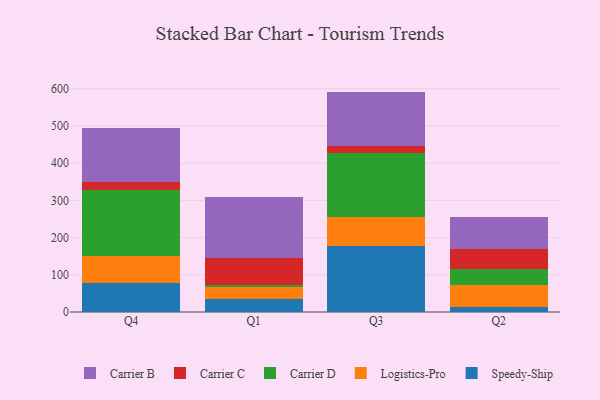
{"axis": {"x": "Quarter", "y": "Humidity (%)"}, "legend": ["Carrier B", "Carrier C", "Carrier D", "Logistics-Pro", "Speedy-Ship"], "data": [{"x": "Q4", "y": 78.0, "type": "Speedy-Ship"}, {"x": "Q4", "y": 73.3, "type": "Logistics-Pro"}, {"x": "Q4", "y": 176.3, "type": "Carrier D"}, {"x": "Q4", "y": 22.0, "type": "Carrier C"}, {"x": "Q4", "y": 145.3, "type": "Carrier B"}, {"x": "Q1", "y": 33.9, "type": "Speedy-Ship"}, {"x": "Q1", "y": 32.8, "type": "Logistics-Pro"}, {"x": "Q1", "y": 5.5, "type": "Carrier D"}, {"x": "Q1", "y": 71.8, "type": "Carrier C"}, {"x": "Q1", "y": 164.1, "type": "Carrier B"}, {"x": "Q3", "y": 178.6, "type": "Speedy-Ship"}, {"x": "Q3", "y": 78.1, "type": "Logistics-Pro"}, {"x": "Q3", "y": 170.7, "type": "Carrier D"}, {"x": "Q3", "y": 19.9, "type": "Carrier C"}, {"x": "Q3", "y": 145.2, "type": "Carrier B"}, {"x": "Q2", "y": 13.5, "type": "Speedy-Ship"}, {"x": "Q2", "y": 59.2, "type": "Logistics-Pro"}, {"x": "Q2", "y": 41.6, "type": "Carrier D"}, {"x": "Q2", "y": 54.1, "type": "Carrier C"}, {"x": "Q2", "y": 88.3, "type": "Carrier B"}]}